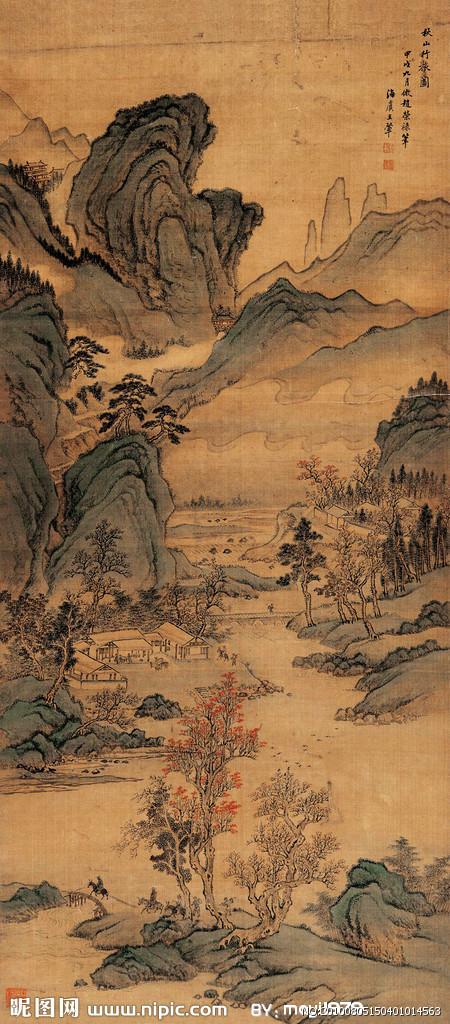
常恐秋风早，飘零君不知。